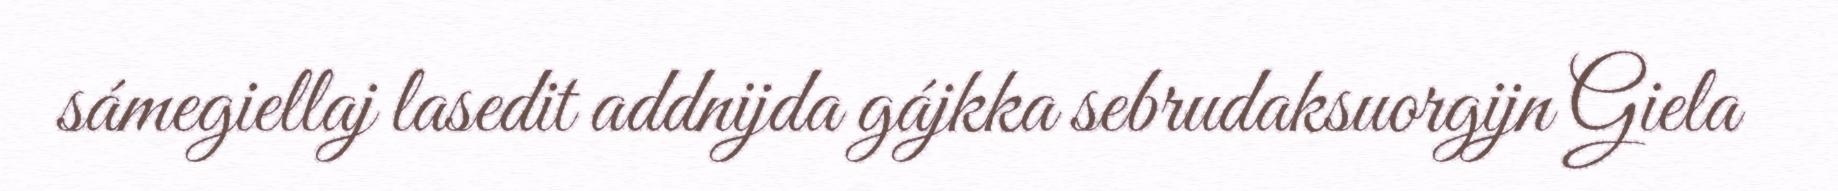
sámegiellaj lasedit addnijda gájkka sebrudaksuorgijn Giela